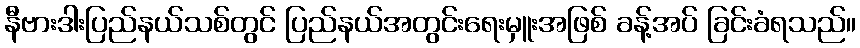
နီဗားဒါးပြည်နယ်သစ်တွင် ပြည်နယ်အတွင်းရေးမှူးအဖြစ် ခန့်အပ် ခြင်းခံရသည်။